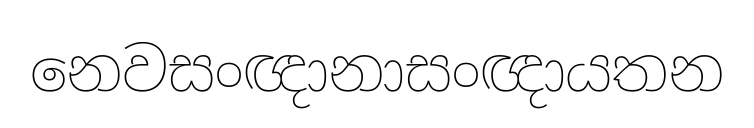
නෙවසංඥානාසංඥායතන